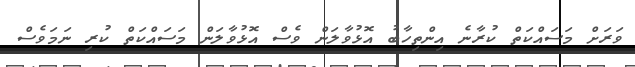
ވަރަށް މަސައްކަތް ކުރާނެ އިންތިހާބު އޮޅުވާލަން ވެސް އޮޅުވާލަން މަސައްކަތް ކުރި ނަމަވެސް